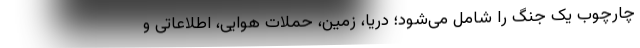
چارچوب یک جنگ را شامل می‌شود؛ دریا، زمین، حملات هوایی، اطلاعاتی و